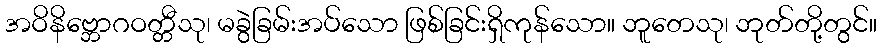
အဝိနိဗ္ဘောဂဝတ္တီသု၊ မခွဲခြမ်းအပ်သော ဖြစ်ခြင်းရှိကုန်သော။ ဘူတေသု၊ ဘုတ်တို့တွင်။